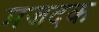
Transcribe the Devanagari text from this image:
मजदक